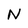
Character: N